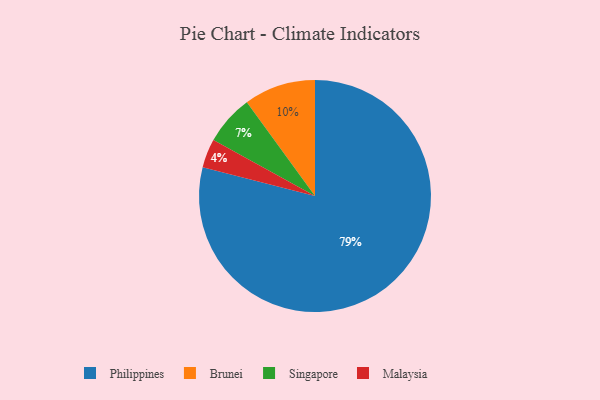
{"axis": {"x": "Category", "y": "Percentage"}, "legend": ["Brunei", "Malaysia", "Philippines", "Singapore"], "data": [{"x": "Singapore", "y": 7, "type": "Singapore"}, {"x": "Malaysia", "y": 4, "type": "Malaysia"}, {"x": "Philippines", "y": 79, "type": "Philippines"}, {"x": "Brunei", "y": 10, "type": "Brunei"}]}